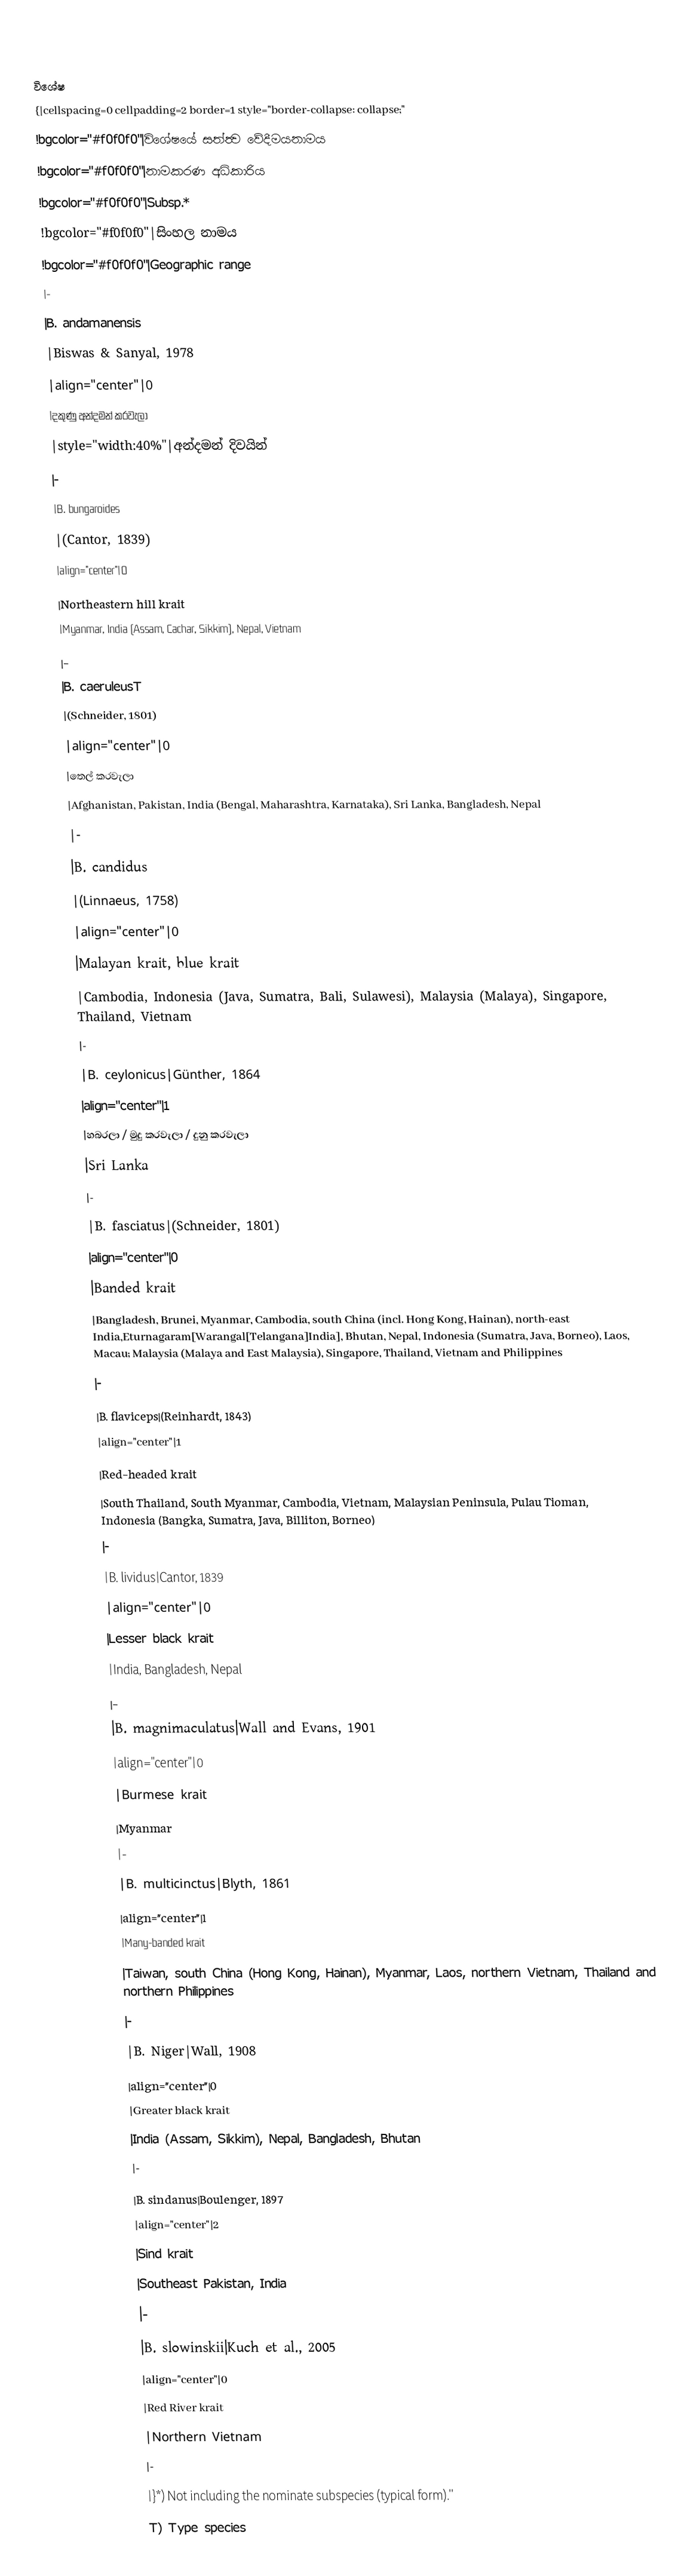

විශේෂ
{|cellspacing=0 cellpadding=2 border=1 style="border-collapse: collapse;"
!bgcolor="#f0f0f0"|විශේෂයේ සත්ත්‍ව වේදීමයනාමය
!bgcolor="#f0f0f0"|නාමකරණ අධිකාරිය
!bgcolor="#f0f0f0"|Subsp.*
!bgcolor="#f0f0f0"|සිංහල නාමය
!bgcolor="#f0f0f0"|Geographic range
|-
|B. andamanensis
|Biswas & Sanyal, 1978
|align="center"|0
|දකුණු අන්දමන් කරවැලා
|style="width:40%"|අන්දමන් දිවයින්
|-
|B. bungaroides
|(Cantor, 1839)
|align="center"|0
|Northeastern hill krait
|Myanmar, India (Assam, Cachar, Sikkim), Nepal, Vietnam
|-
|B. caeruleusT
|(Schneider, 1801)
|align="center"|0
|තෙල් කරවැලා
|Afghanistan, Pakistan, India (Bengal, Maharashtra, Karnataka), Sri Lanka, Bangladesh, Nepal
|-
|B. candidus
|(Linnaeus, 1758)
|align="center"|0
|Malayan krait, blue krait
|Cambodia, Indonesia (Java, Sumatra, Bali, Sulawesi), Malaysia (Malaya), Singapore, Thailand, Vietnam
|-
|B. ceylonicus|Günther, 1864
|align="center"|1
|හබරලා / මුදු කරවැලා / දුනු කරවැලා
|Sri Lanka
|-
|B. fasciatus|(Schneider, 1801)
|align="center"|0
|Banded krait
|Bangladesh, Brunei, Myanmar, Cambodia, south China (incl. Hong Kong, Hainan), north-east India,Eturnagaram[Warangal[Telangana]India], Bhutan, Nepal, Indonesia (Sumatra, Java, Borneo),  Laos, Macau; Malaysia (Malaya and East Malaysia), Singapore, Thailand, Vietnam and Philippines
|-
|B. flaviceps|(Reinhardt, 1843)
|align="center"|1
|Red-headed krait
|South Thailand, South Myanmar, Cambodia, Vietnam, Malaysian Peninsula, Pulau Tioman, Indonesia (Bangka, Sumatra, Java, Billiton, Borneo)
|-
|B. lividus|Cantor, 1839
|align="center"|0
|Lesser black krait
|India, Bangladesh, Nepal
|-
|B. magnimaculatus|Wall and Evans, 1901
|align="center"|0
|Burmese krait
|Myanmar
|-
|B. multicinctus|Blyth, 1861
|align="center"|1
|Many-banded krait
|Taiwan, south China (Hong Kong, Hainan), Myanmar, Laos, northern Vietnam, Thailand and northern Philippines
|-
|B. Niger|Wall, 1908
|align="center"|0
|Greater black krait
|India (Assam, Sikkim), Nepal, Bangladesh, Bhutan
|-
|B. sindanus|Boulenger, 1897
|align="center"|2
|Sind krait
|Southeast Pakistan, India
|-
|B. slowinskii|Kuch et al., 2005
|align="center"|0
|Red River krait
|Northern Vietnam
|-
|}*) Not including the nominate subspecies (typical form).''
T) Type species